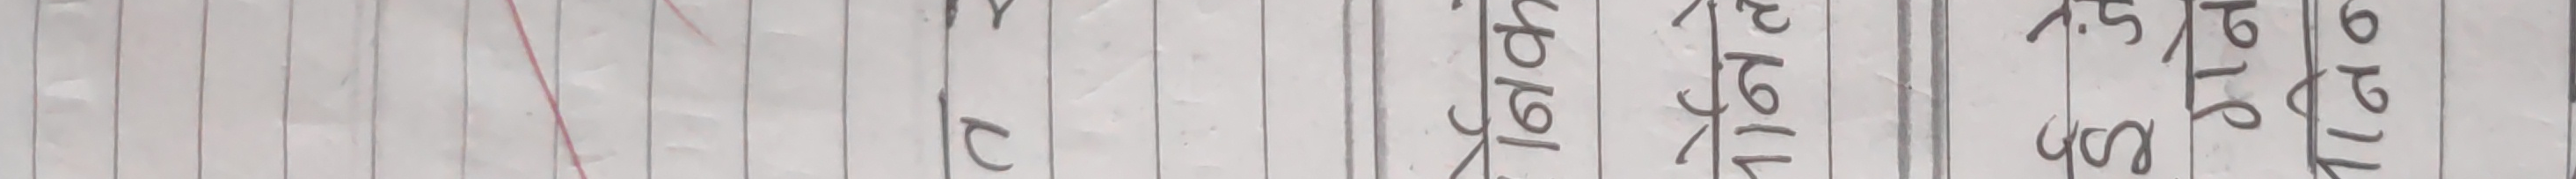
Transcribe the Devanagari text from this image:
य ट १२९६१ १२९११ १५७० ६९२४